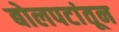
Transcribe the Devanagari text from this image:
बोलपटांतून